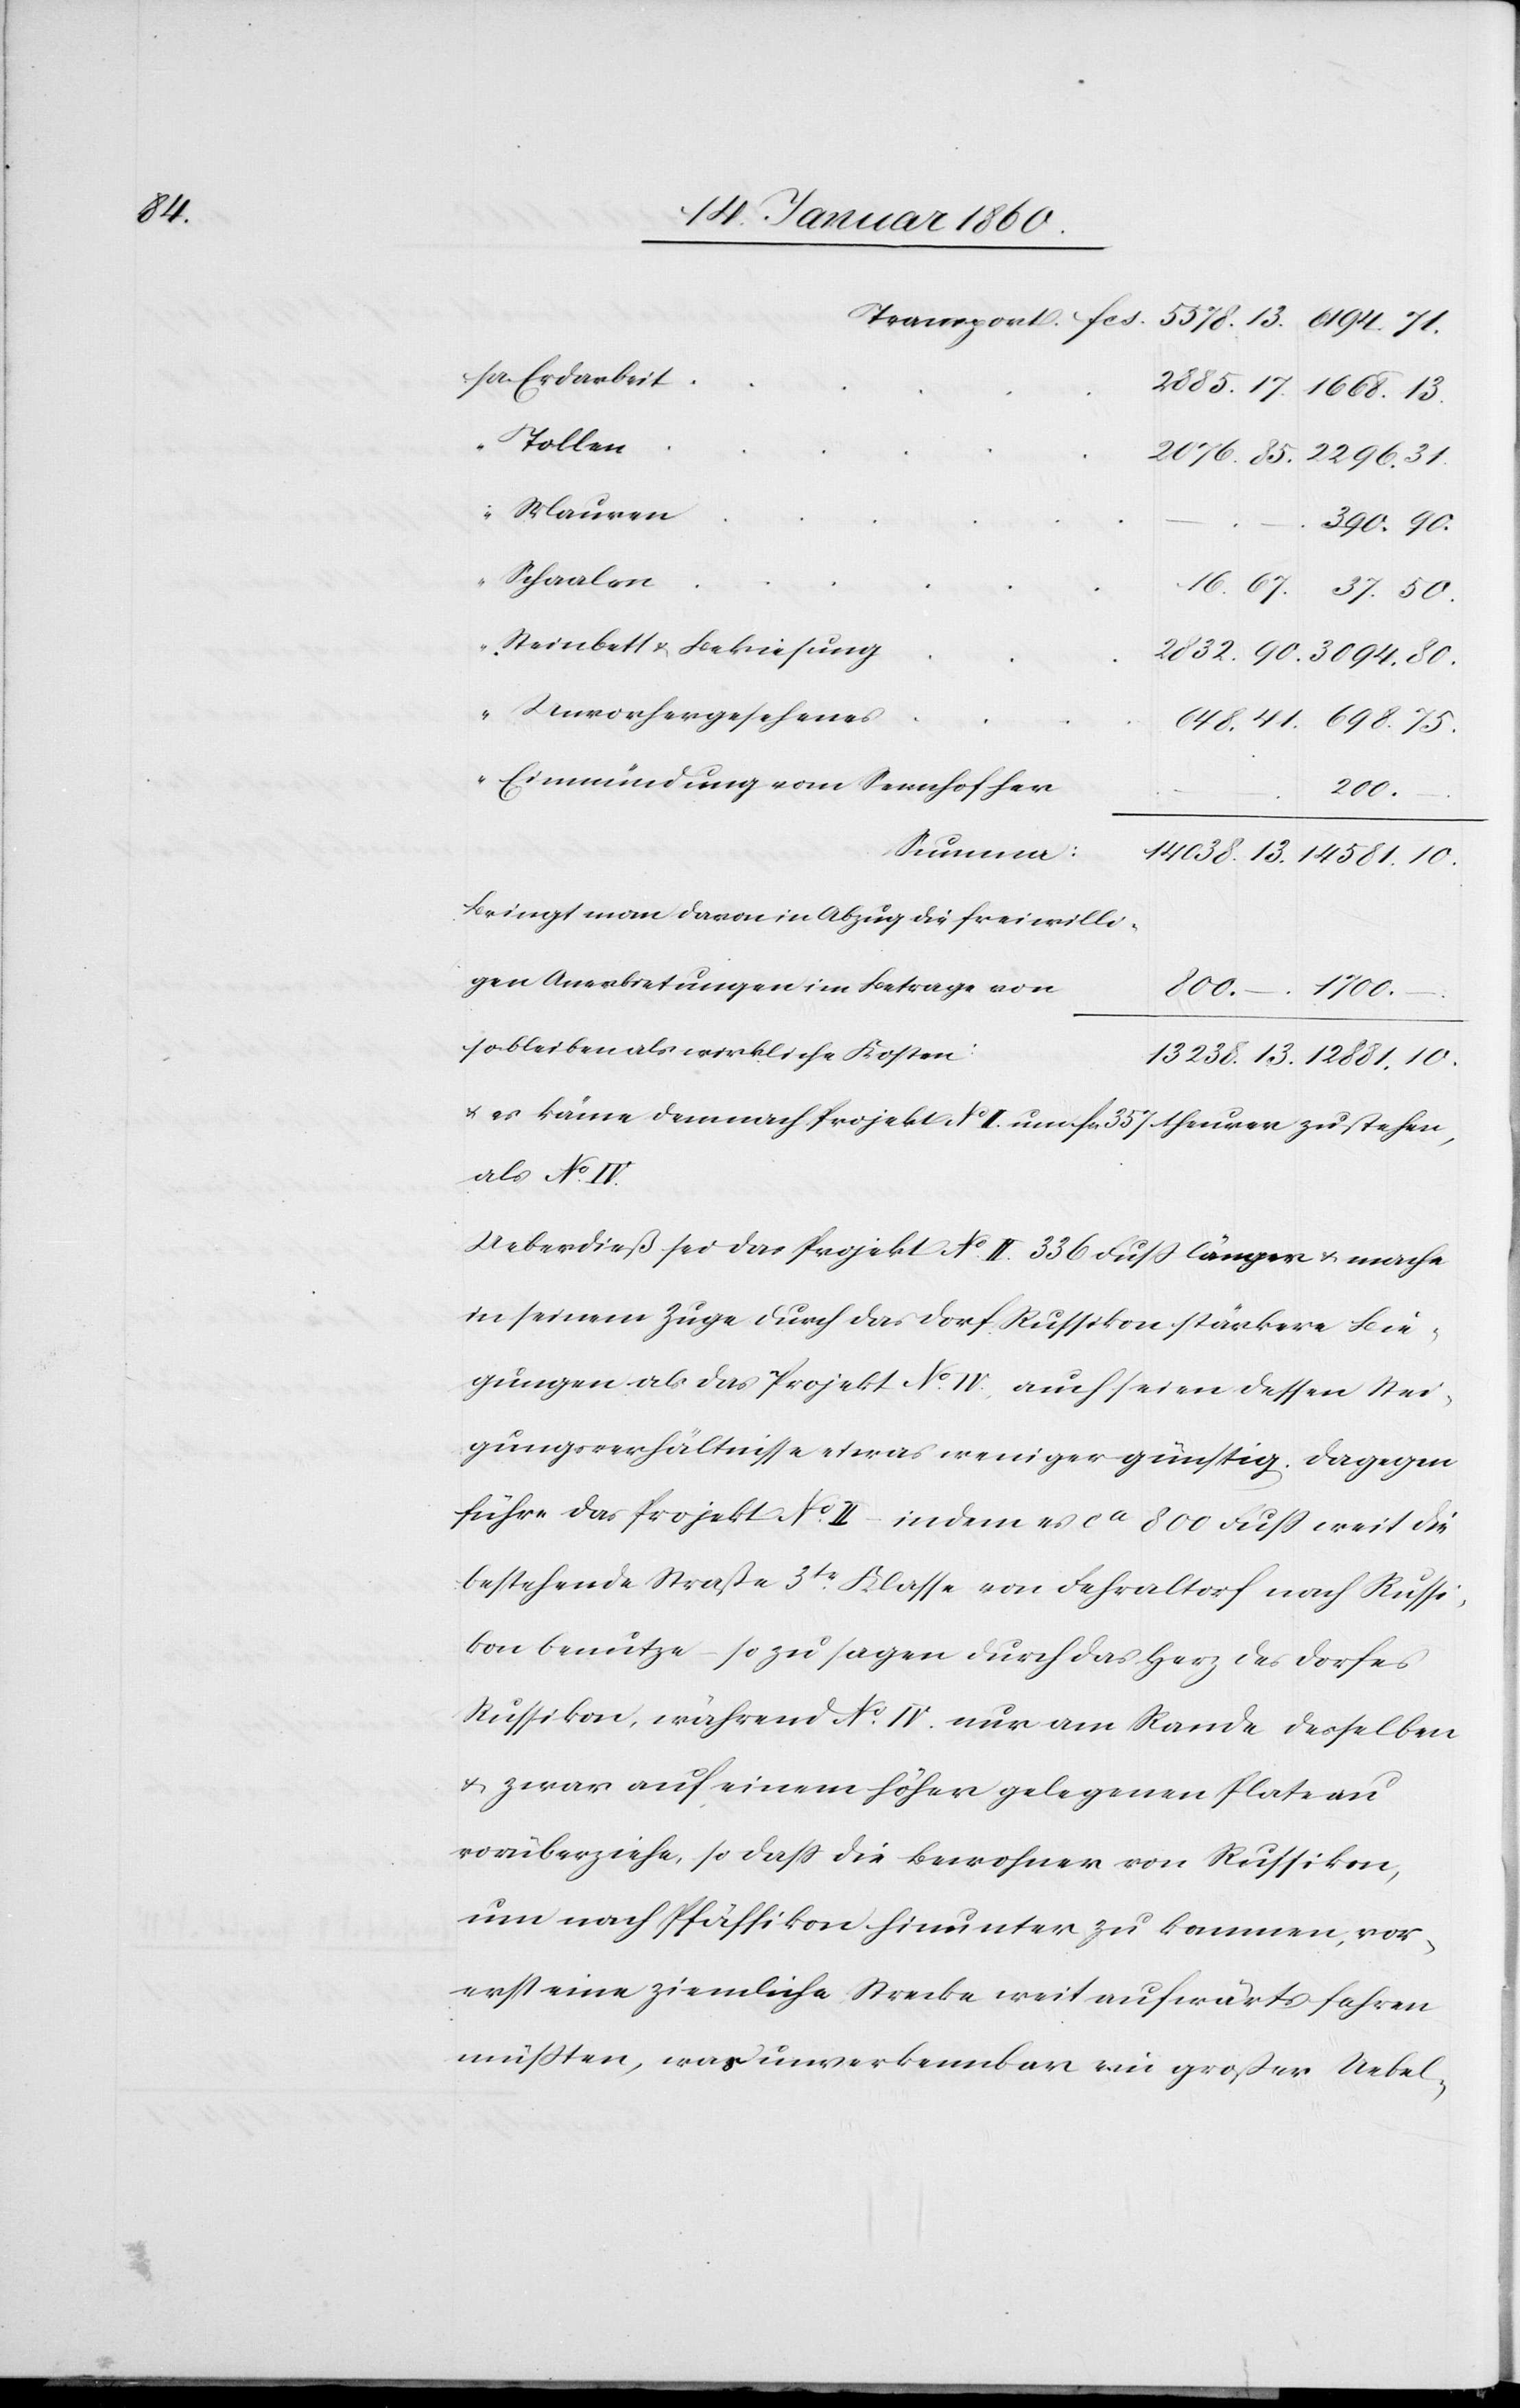
3094.

Tollen
Mauren
Schaalen
1668.
Steinbett u. Bekiesung
Unvorhergesehenes
Einmündung vom Sennhof her
10.
Summa:
Bringt man davon in Abzug die freiwilli¬
gen Anerbietungen im Betrage von
so bleiben als wirkliche Kosten:
u. es käme demnach Projekt No I. auf fc. 35. teuer zu stehen,
als No IV.
Ueberdieß sei das Projekt No II. 336 Fuß länger u. mache
in seinem Zuge durch das Dorf Russikon stärkere Bie¬
gungen als das Projekt No IV. auch seien dessen Stei¬
gungsverhältnisse etwas weniger günstig. Dagegen
führe das Projekt No II. indem es ca 800 Fuß weit die
bestehende Straße 3tr Klasse von Fehraltorf nach Russi¬
kon benutze, sozusagen durch das Herz des Dorfes
Russikon, während No IV. nur am Rande desselben
u. zwar auf einem höher gelegenen Plateau
vorüberziehe, so daß die Bewohner von Russikon,
um nach Pfaffikon hinunter zu kommen, vor¬
erst eine ziemliche Strecke weit aufwärts fahren
müßten, was unverkennbar ein großer Uebel-